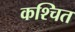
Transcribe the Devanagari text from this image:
कश्चित